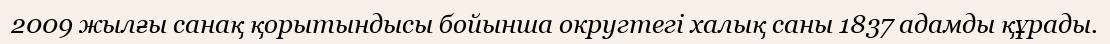
2009 жылғы санақ қорытындысы бойынша округтегі халық саны 1837 адамды құрады.